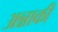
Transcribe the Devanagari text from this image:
अन्नाकी